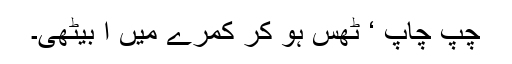
چپ چاپ ‘ ٹھس ہو کر کمرے میں آ بیٹھی۔